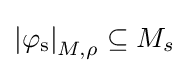
\mathrm {\left\vert \varphi _{s}\right\vert } _{M,\rho }\subseteq M_{s}